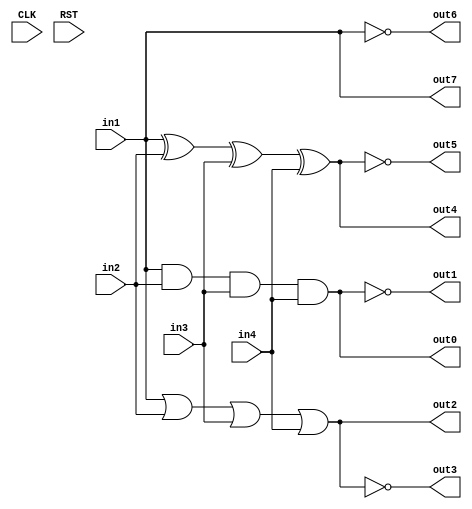
module TOP 
  (
   CLK, RST,
   in1, in2, in3, in4,
   out0, out1, out2, out3, out4, out5, out6, out7
   );
  
  input CLK, RST;
  input in1, in2, in3, in4;
  output out0, out1, out2, out3, out4, out5, out6, out7;
 
  and  U0 (out0, in1, in2, in3, in4);
  nand U1 (out1, in1, in2, in3, in4);
  or   U2 (out2, in1, in2, in3, in4);
  nor  U3 (out3, in1, in2, in3, in4);
  xor  U4 (out4, in1, in2, in3, in4);
  xnor U5 (out5, in1, in2, in3, in4);
  not  U6 (out6, in1);
  buf  U7 (out7, in1);
endmodule